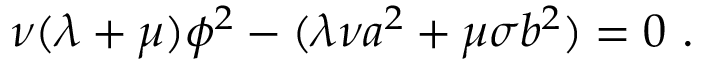
\nu ( \lambda + \mu ) \phi ^ { 2 } - ( \lambda \nu a ^ { 2 } + \mu \sigma b ^ { 2 } ) = 0 ~ .